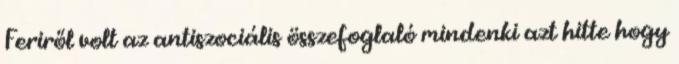
Feriről volt az antiszociális összefoglaló mindenki azt hitte hogy